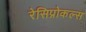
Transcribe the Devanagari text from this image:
रेसिप्रोकल्स